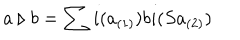
LaTeX: a \triangleright b = \sum i ( a _ { ( 1 ) } ) b i ( S a _ { ( 2 ) } )